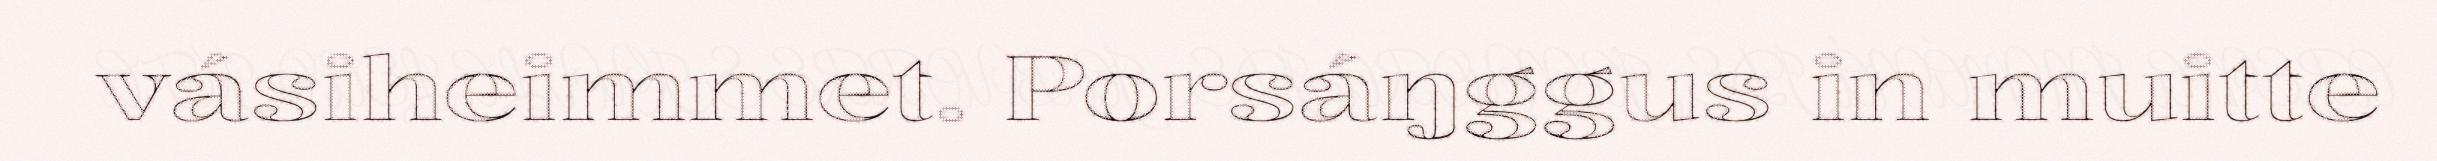
vásiheimmet. Porsáŋggus in muitte